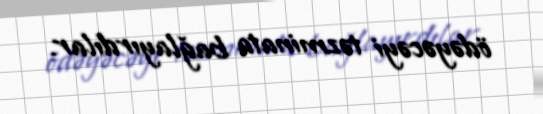
ödəyəcəyi təzminata bağlayırdılar.